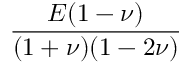
\frac { E ( 1 - \nu ) } { ( 1 + \nu ) ( 1 - 2 \nu ) }